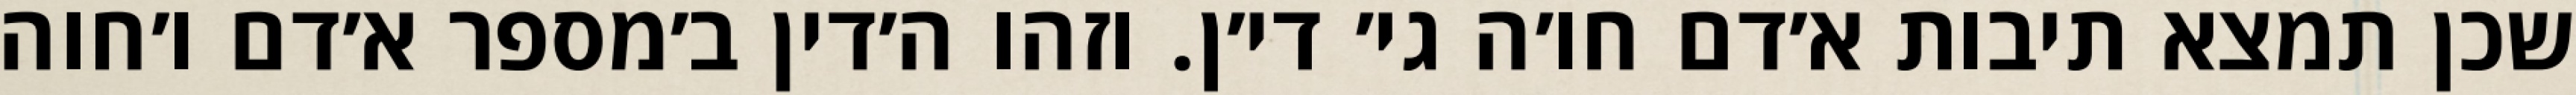
שכן תמצא תיבות א׳דם חו׳ה גי׳ די׳ן. וזהו ה׳דין ב׳מספר א׳דם ו׳חוה